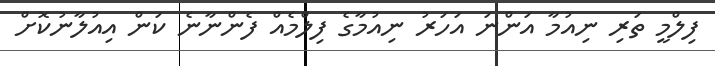
ފިލްމީ ތަރި ނިއުމާ އަންނަ އަހަރު ނިއުމާގެ ފިލްމެއް ފެންނާނެ ކަން އިއުލާނުކޮށް